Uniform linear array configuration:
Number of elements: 64
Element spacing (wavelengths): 1
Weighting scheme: hann
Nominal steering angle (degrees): -15
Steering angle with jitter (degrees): -13.253
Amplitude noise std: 0.05
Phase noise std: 0.05

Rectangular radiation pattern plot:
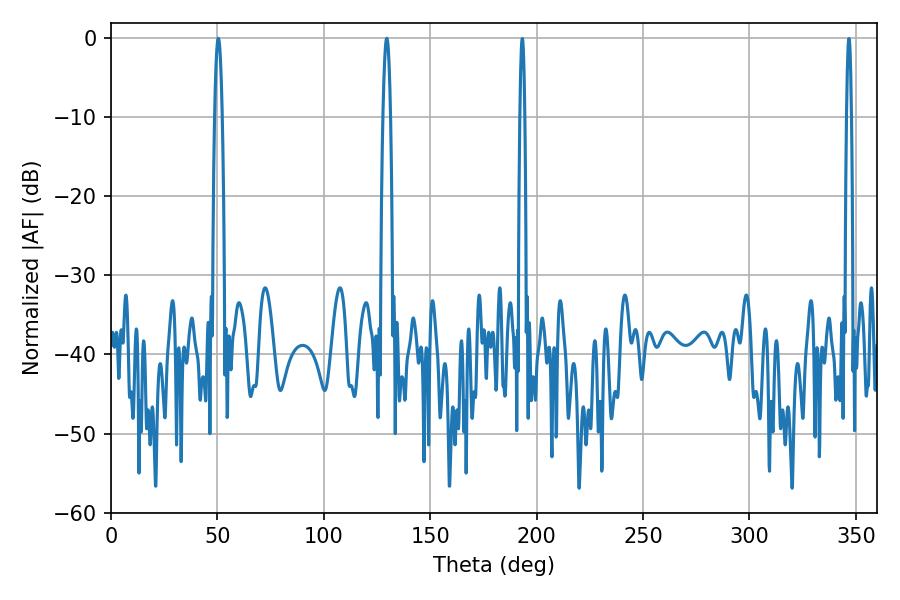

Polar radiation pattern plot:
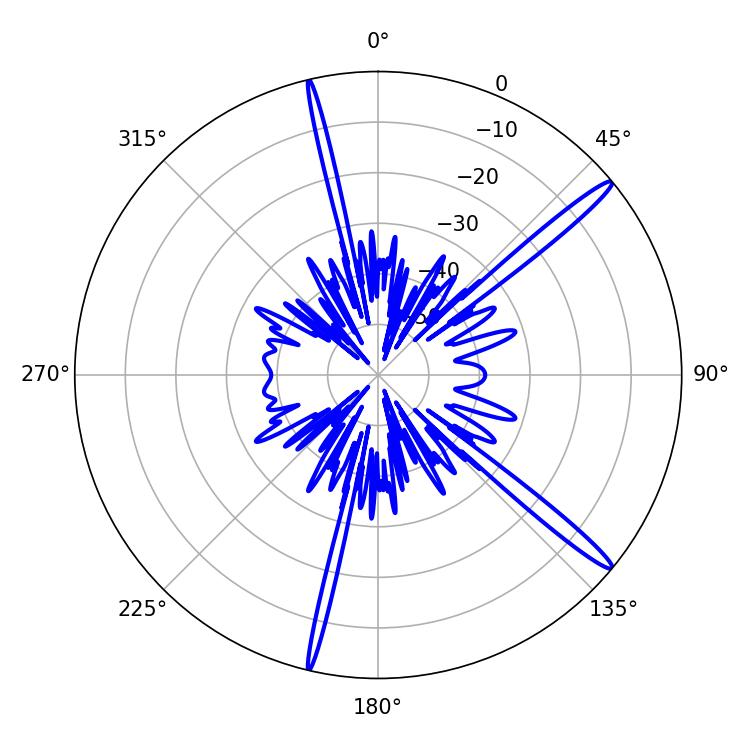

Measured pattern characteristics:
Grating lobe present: TRUE
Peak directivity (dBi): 16.302
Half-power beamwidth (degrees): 1.8
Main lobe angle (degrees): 50.4